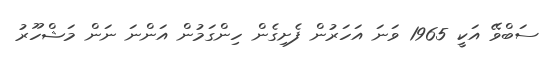
ސަބްވޭ އަކީ 1965 ވަނަ އަހަރުން ފެށިގެން ހިންގަމުން އަންނަަ ނަން މަޝްހޫރު